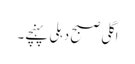
اگلی صبح دہلی پہنچے۔